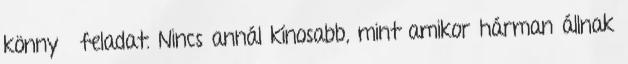
könnyű feladat. Nincs annál kínosabb, mint amikor hárman állnak